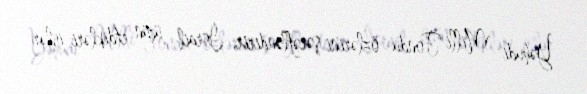
Yəhudi Milli Fondu özlərini şərəfləndirir, İsrail üçün etdikləri işlər